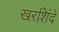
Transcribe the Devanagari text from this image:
खरशिंदे